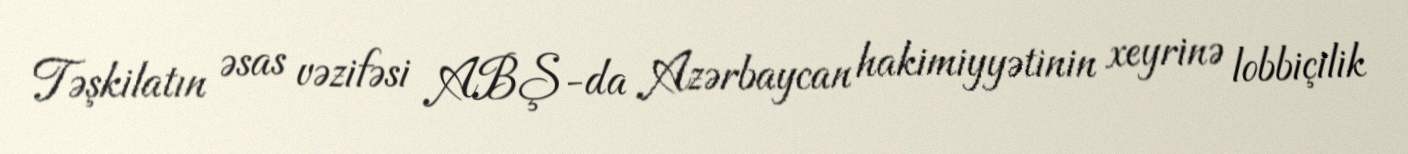
Təşkilatın əsas vəzifəsi ABŞ-da Azərbaycan hakimiyyətinin xeyrinə lobbiçilik